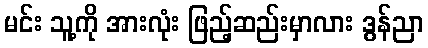
မင်း သူ့ကို အားလုံး ဖြည့်ဆည်းမှာလား ဒွန်ညာ